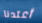
أعتدنا